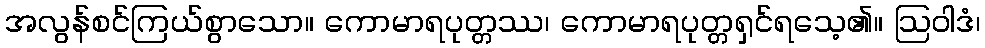
အလွန်စင်ကြယ်စွာသော။ ကောမာရပုတ္တဿ၊ ကောမာရပုတ္တရှင်ရသေ့၏။ ဩဝါဒံ၊